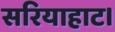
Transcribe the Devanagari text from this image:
सरियाहाट।